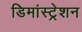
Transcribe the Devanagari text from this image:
डिमांस्ट्रेशन